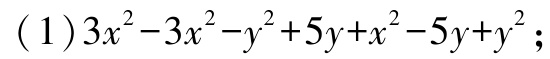
\((1)3x^{2}-3x^{2}-y^{2}+5y+x^{2}-5y+y^{2}\)